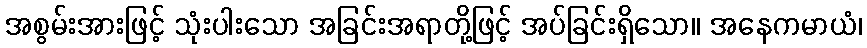
အစွမ်းအားဖြင့် သုံးပါးသော အခြင်းအရာတို့ဖြင့် အပ်ခြင်းရှိသော။ အနေကမာယံ၊